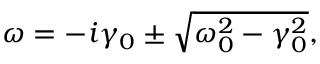
\omega = - i \gamma _ { 0 } \pm \sqrt { \omega _ { 0 } ^ { 2 } - \gamma _ { 0 } ^ { 2 } } ,